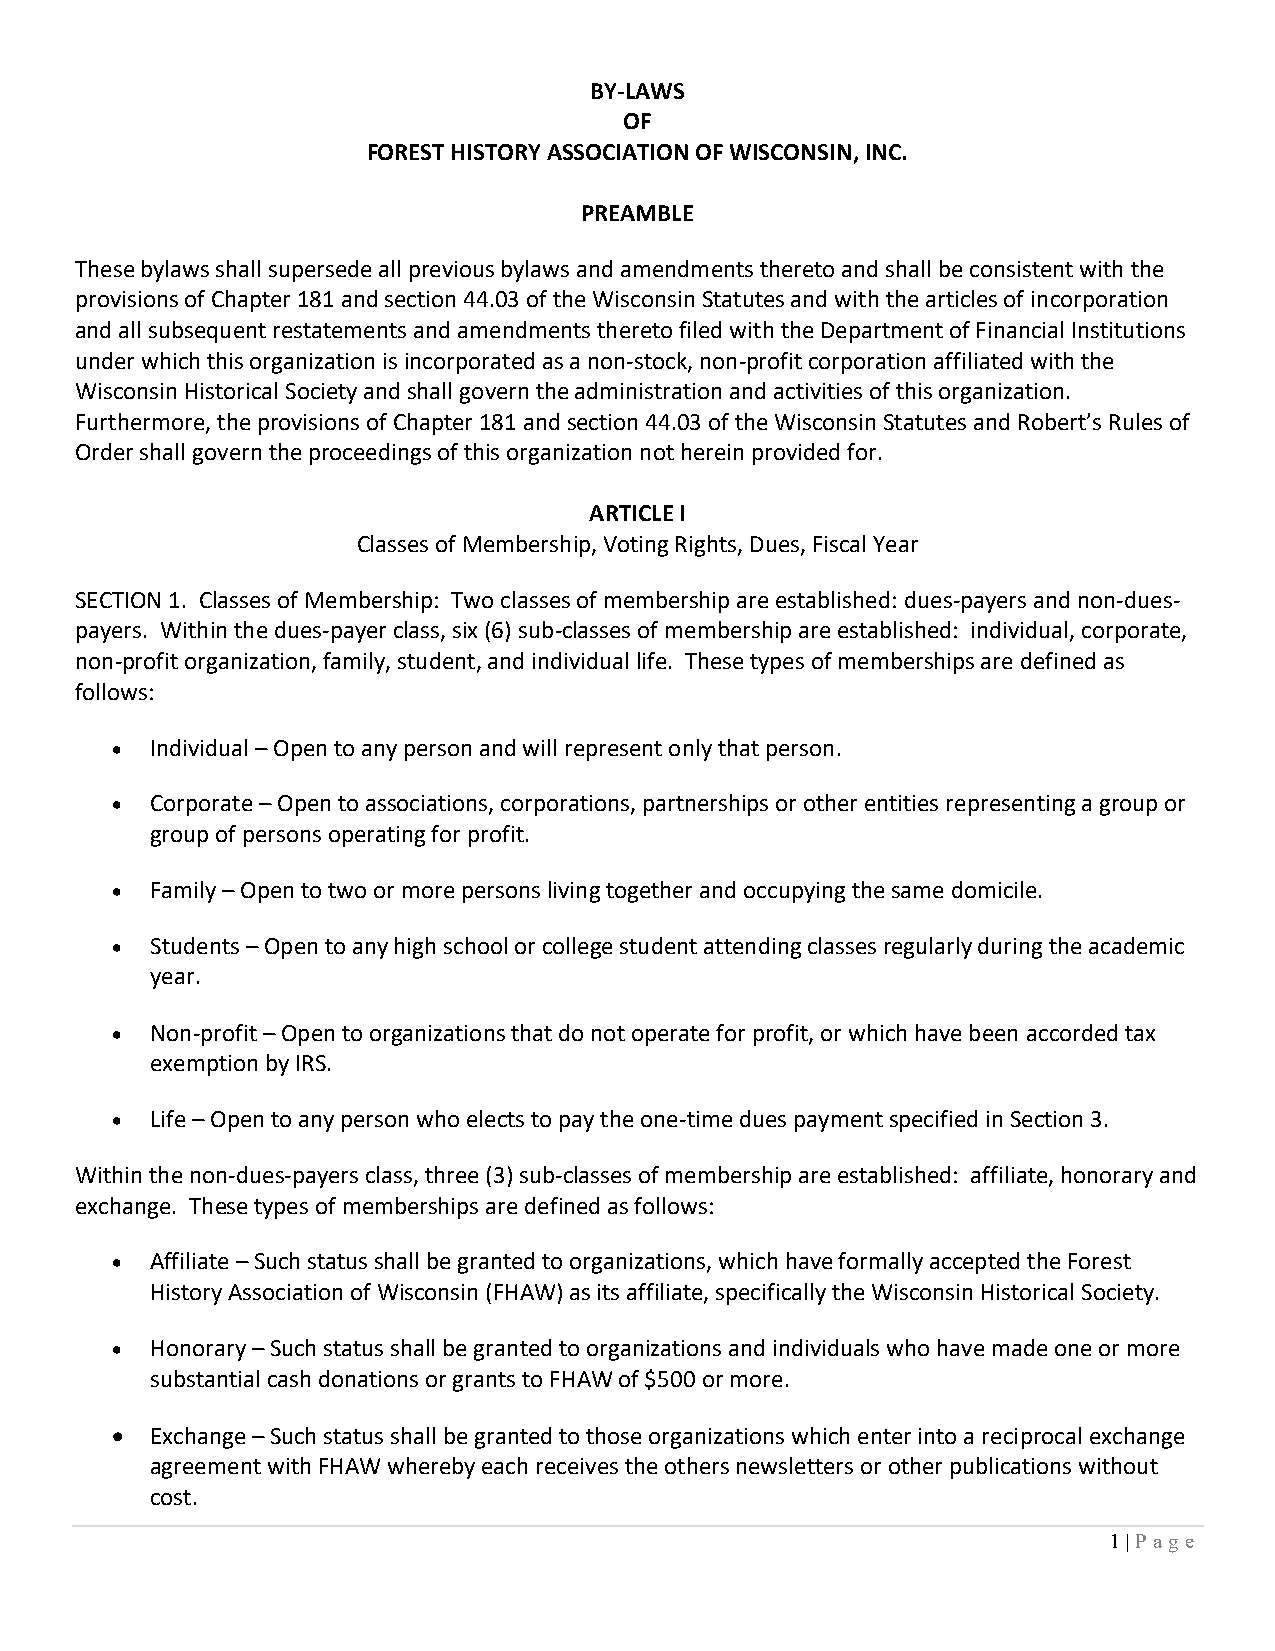
BY-LAWS
 OF
 FOREST HISTORY ASSOCIATION OF WISCONSIN, INC.
 PREAMBLE
 These bylaws shall supersede all previous bylaws and amendments thereto and shall be consistent with the
 provisions of Chapter 181 and section 44.03 of the Wisconsin Statutes and with the articles of incorporation
 and all subsequent restatements and amendments thereto filed with the Department of Financial Institutions
 under which this organization is incorporated as a non-stock, non-profit corporation affiliated with the
 Wisconsin Historical Society and shall govern the administration and activities of this organization.
 Furthermore, the provisions of Chapter 181 and section 44.03 of the Wisconsin Statutes and Robert’s Rules of
 Order shall govern the proceedings of this organization not herein provided for.
 ARTICLE I
 Classes of Membership, Voting Rights, Dues, Fiscal Year
 SECTION 1. Classes of Membership: Two classes of membership are established: dues-payers and non-dues-
 payers. Within the dues-payer class, six (6) sub-classes of membership are established: individual, corporate,
 non-profit organization, family, student, and individual life. These types of memberships are defined as
 follows:
 •  Individual – Open to any person and will represent only that person.
 •  Corporate – Open to associations, corporations, partnerships or other entities representing a group or
 group of persons operating for profit.
 •  Family – Open to two or more persons living together and occupying the same domicile.
 •  Students – Open to any high school or college student attending classes regularly during the academic
 year.
 •  Non-profit – Open to organizations that do not operate for profit, or which have been accorded tax
 exemption by IRS.
 •  Life – Open to any person who elects to pay the one-time dues payment specified in Section 3.
 Within the non-dues-payers class, three (3) sub-classes of membership are established: affiliate, honorary and
 exchange. These types of memberships are defined as follows:
 •  Affiliate – Such status shall be granted to organizations, which have formally accepted the Forest
 History Association of Wisconsin (FHAW) as its affiliate, specifically the Wisconsin Historical Society.
 •  Honorary – Such status shall be granted to organizations and individuals who have made one or more
 substantial cash donations or grants to FHAW of $500 or more.
 •  Exchange – Such status shall be granted to those organizations which enter into a reciprocal exchange
 agreement with FHAW whereby each receives the others newsletters or other publications without
 cost.
 1 | Pa g e